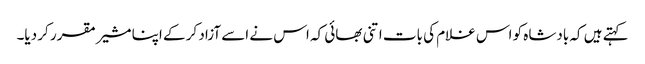
کہتے ہیں کہ بادشاہ کو اس غلام کی بات اتنی بھائی کہ اس نے اسے آزاد کر کے اپنا مشیر مقرر کر دیا۔